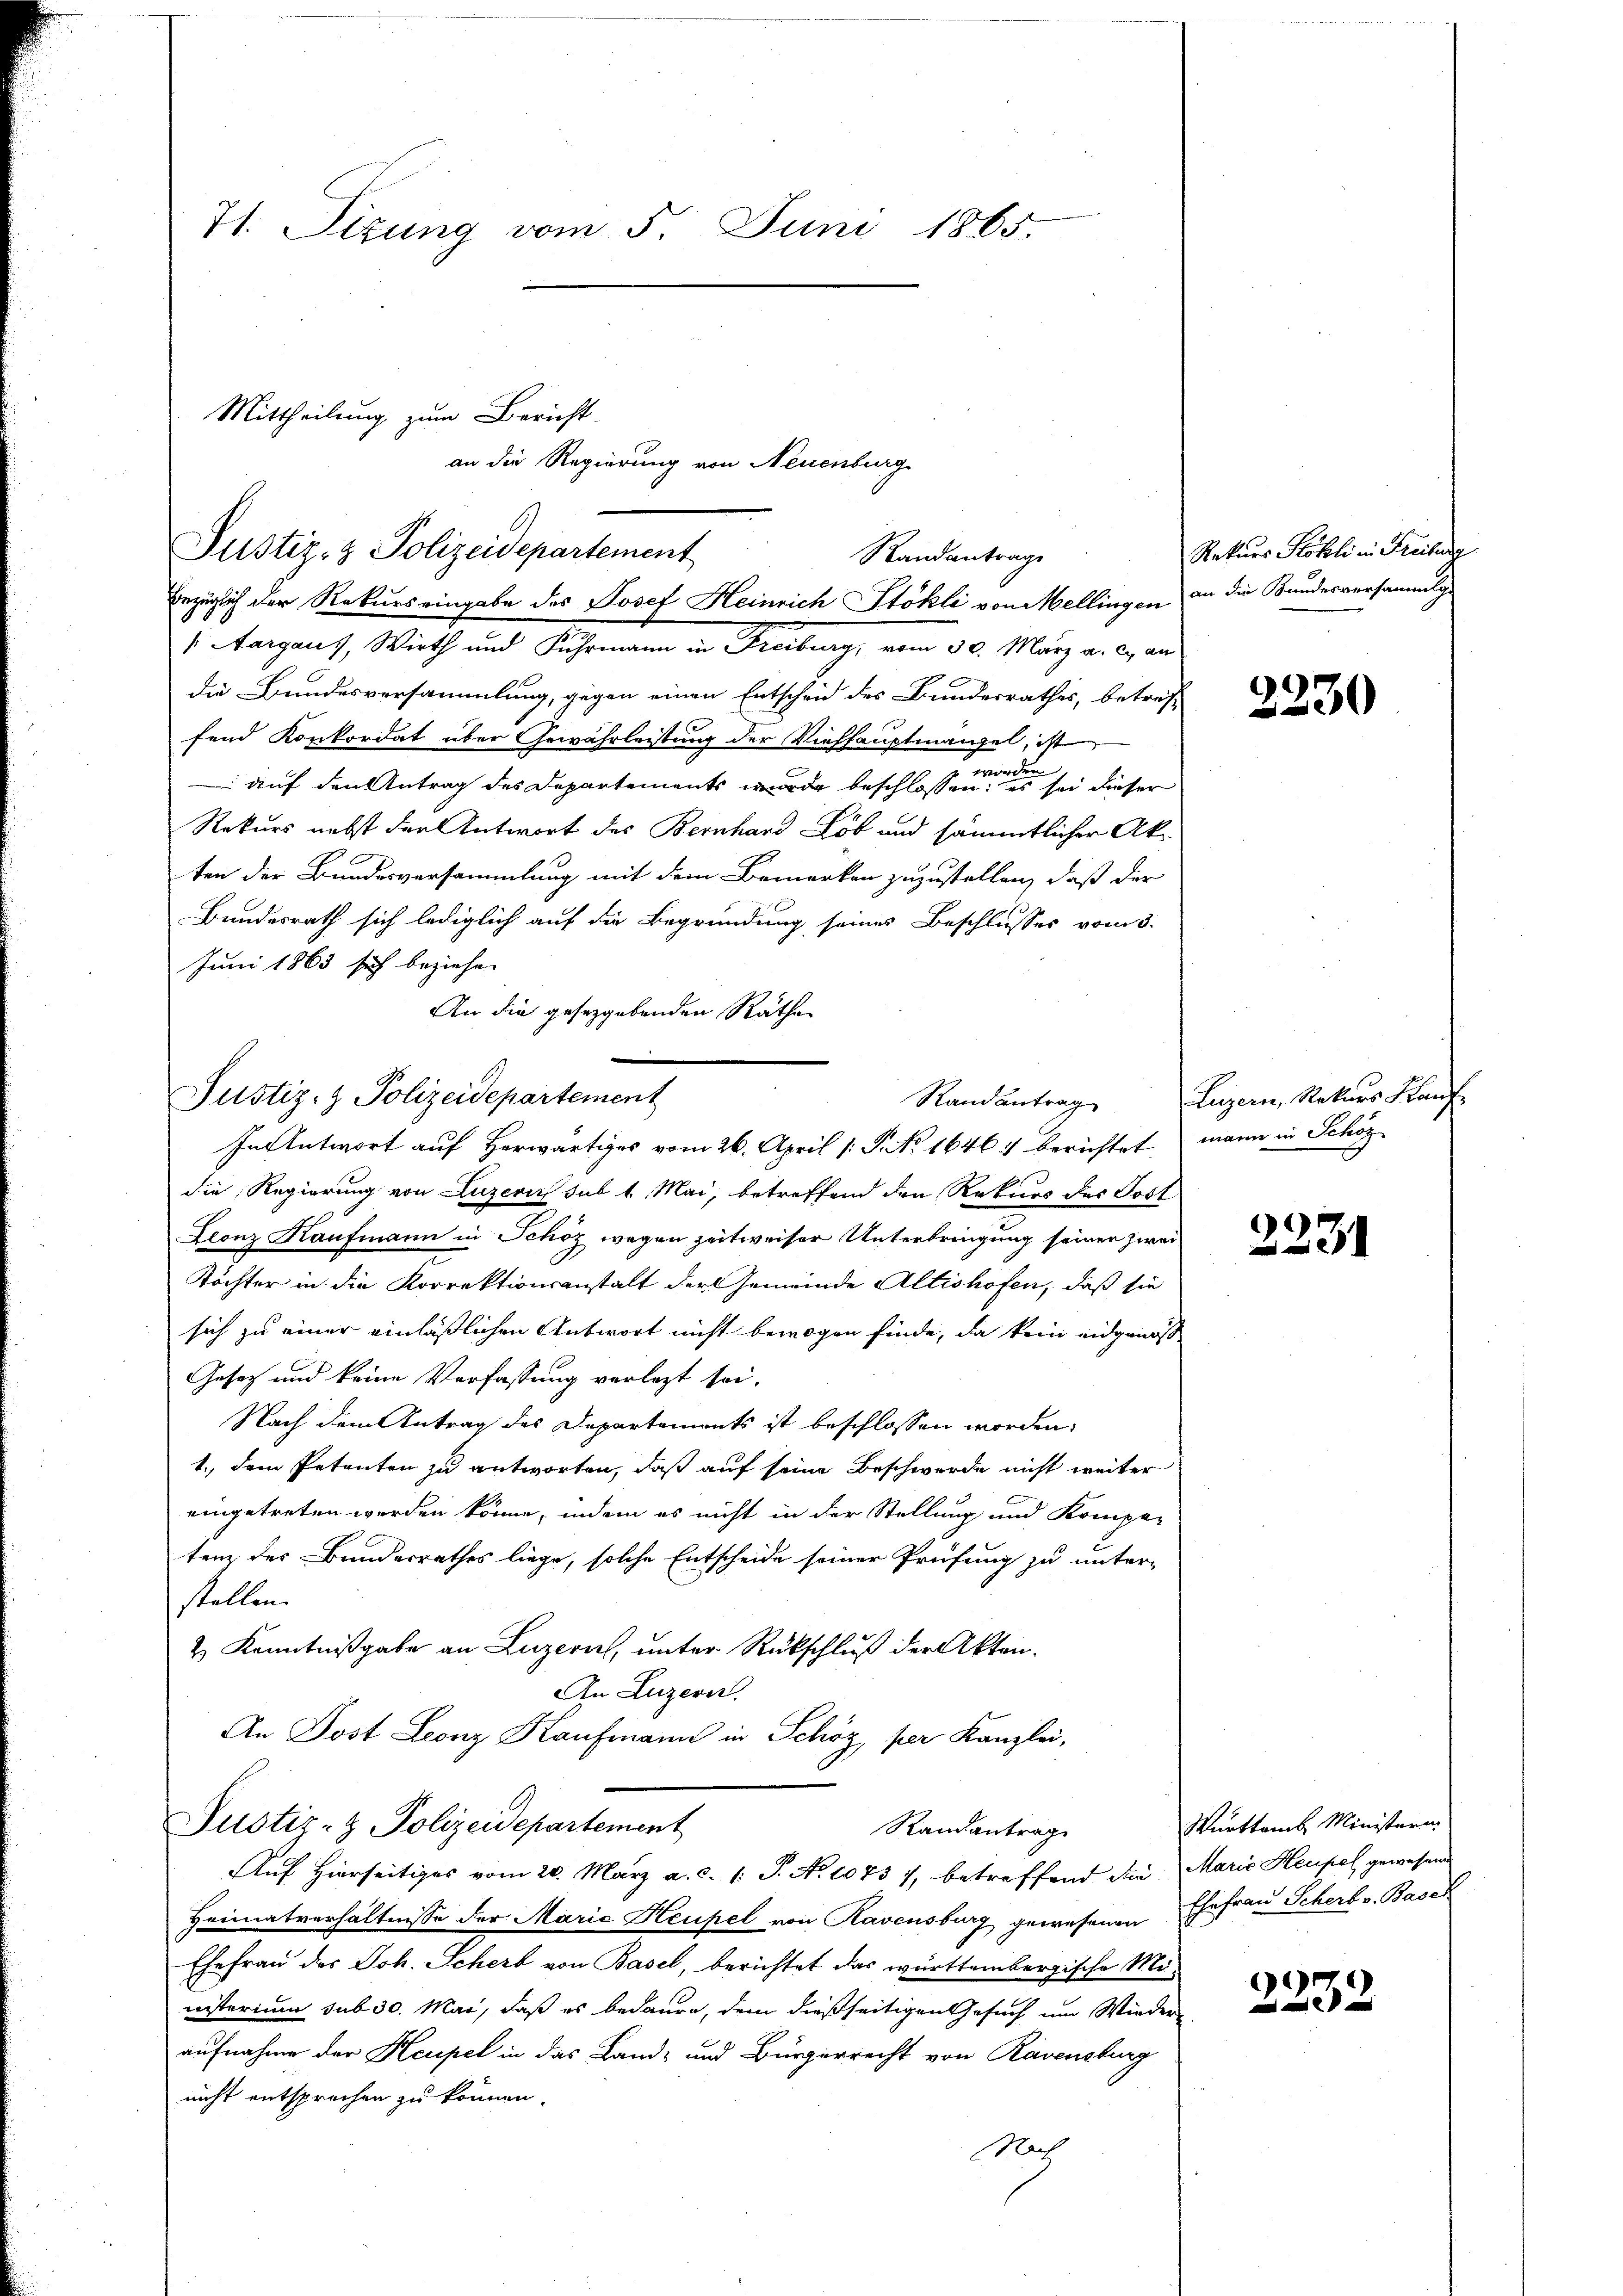
71. Stzung vom 5. Juni 1865.

Mittheilung zum Bericht
an die Regierung von Neuenburg
Justiz- & Polizeidepartement
Randantrage
bezüglich der Rekurs eingabe des Josef Heinrich Stokli von Mellingen in die Bundesversammlg

Aargaus, Wirth und Fuhrmann in Freiburg, vom 30. März a. c. an
die Bundesversammlung, gegen einen Entscheid des Bundesrathes, betreff
fend Konkordat über Gewährleistung der Viehhauptmangel, ist
 auf den Antrag des Departements wurde beschlossen eine er sei dieser
Rekurs nebst den Antwort des Bernhard Lob und sämmtlicher Akten der Bundesversammlung mit dem Bemerken zuzustellen, daß der
Bundesrath sich lediglich auf die Begründung seines Beschlusses vom 3.
Juni 1863 sich beziehen.
An die gesetzgebenden Räthe
die Regierung von Luzern sub 1. Mai, betreffend den Rekurs des Jost
Leonz Kaufmann in Schöz wegen zeitweiser Unterbringung seiner zwei
Töchter in die Korrektionsanstalt der Gemeinde Altishofen, daß sie
sich zu einer einläßlichen Antwort nicht bewogen finde, da kein eidgenos
Gesetz und keine Verfassung verlegt sei.
Nach dem Antrag des Departements ist beschlossen worden,
1. dem Petenten zu antworten, daß auf seine Beschwerde nicht weiter
eingetreten worden könne, indem es nicht in der Stellung und Kompe-
tenz des Bundesrathes liege, solche Entscheide seiner Prüfung zu unter-
stellen.
2 Kenntnißgabe an Luzern, unter Rückschluß der Akten.
An Luzern.
An Jost Leonz Kaufmann in Schöz per Kanzlei,
Justiz- & Polizeidepartement
Randantrag
Auf Hierseitiges vom 20. März a. c. 1. J. No 1075 7, betreffend die Marie Heufel gewesen
Heimatverhältnisse der Marie Heufel von Ravensburg gewesenen
Ehefrau der Joh. Scherb von Basel, berichtet das württembergische Miisterium sub 30. Mai, daß es bedaure, dem dießseitigen Gesuch um Wieder
aufnahme der Heupel in das Land- und Bürgerrecht von Ravensburg
nicht entsprochen zu können.
Nach

.
Justiz- & Polizeidepartement
In Antwort auf herwärtiges vom 26. April 1. P. No 1646. berichtet,

Rekurs Kohli in Freiburg

2230

Randantrag Luzern, Rekurs Kauf-
mann in Schöz

2231

Württemb. Ministeri
Ehefrau Scherbv. Basel

1
2